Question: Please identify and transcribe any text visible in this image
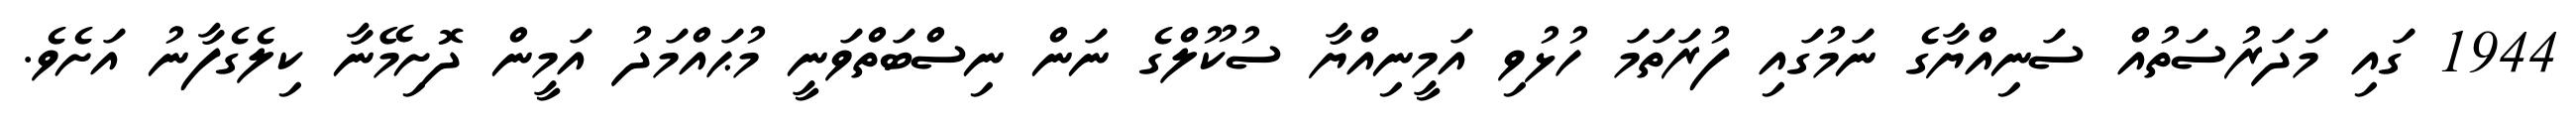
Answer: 1944 ގައި މަދަރުސަތުއް ސަނިއްޔާގެ ނަމުގައި ފުރަތަމަ ހުޅުވި އަމީނިއްޔާ ސުކޫލްގެ ނަން ނިސްބަތްވަނީ މުޙައްމަދު އަމީން ދޮށިމޭނާ ކިލެގެފާނު އަށެވެ.